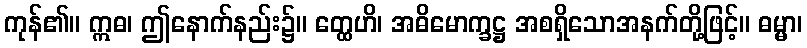
ကုန်၏။ ဣဓ၊ ဤနောက်နည်း၌။ တ္ထေဟိ၊ အဓိမောက္ခဋ္ဌ အစရှိသောအနက်တို့ဖြင့်။ ဓမ္မာ၊